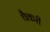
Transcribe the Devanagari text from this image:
थैकरी